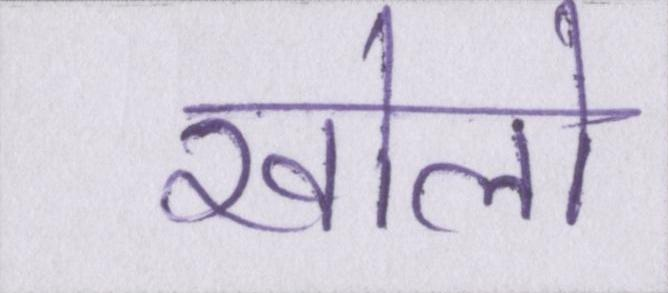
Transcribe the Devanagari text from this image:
खोलो